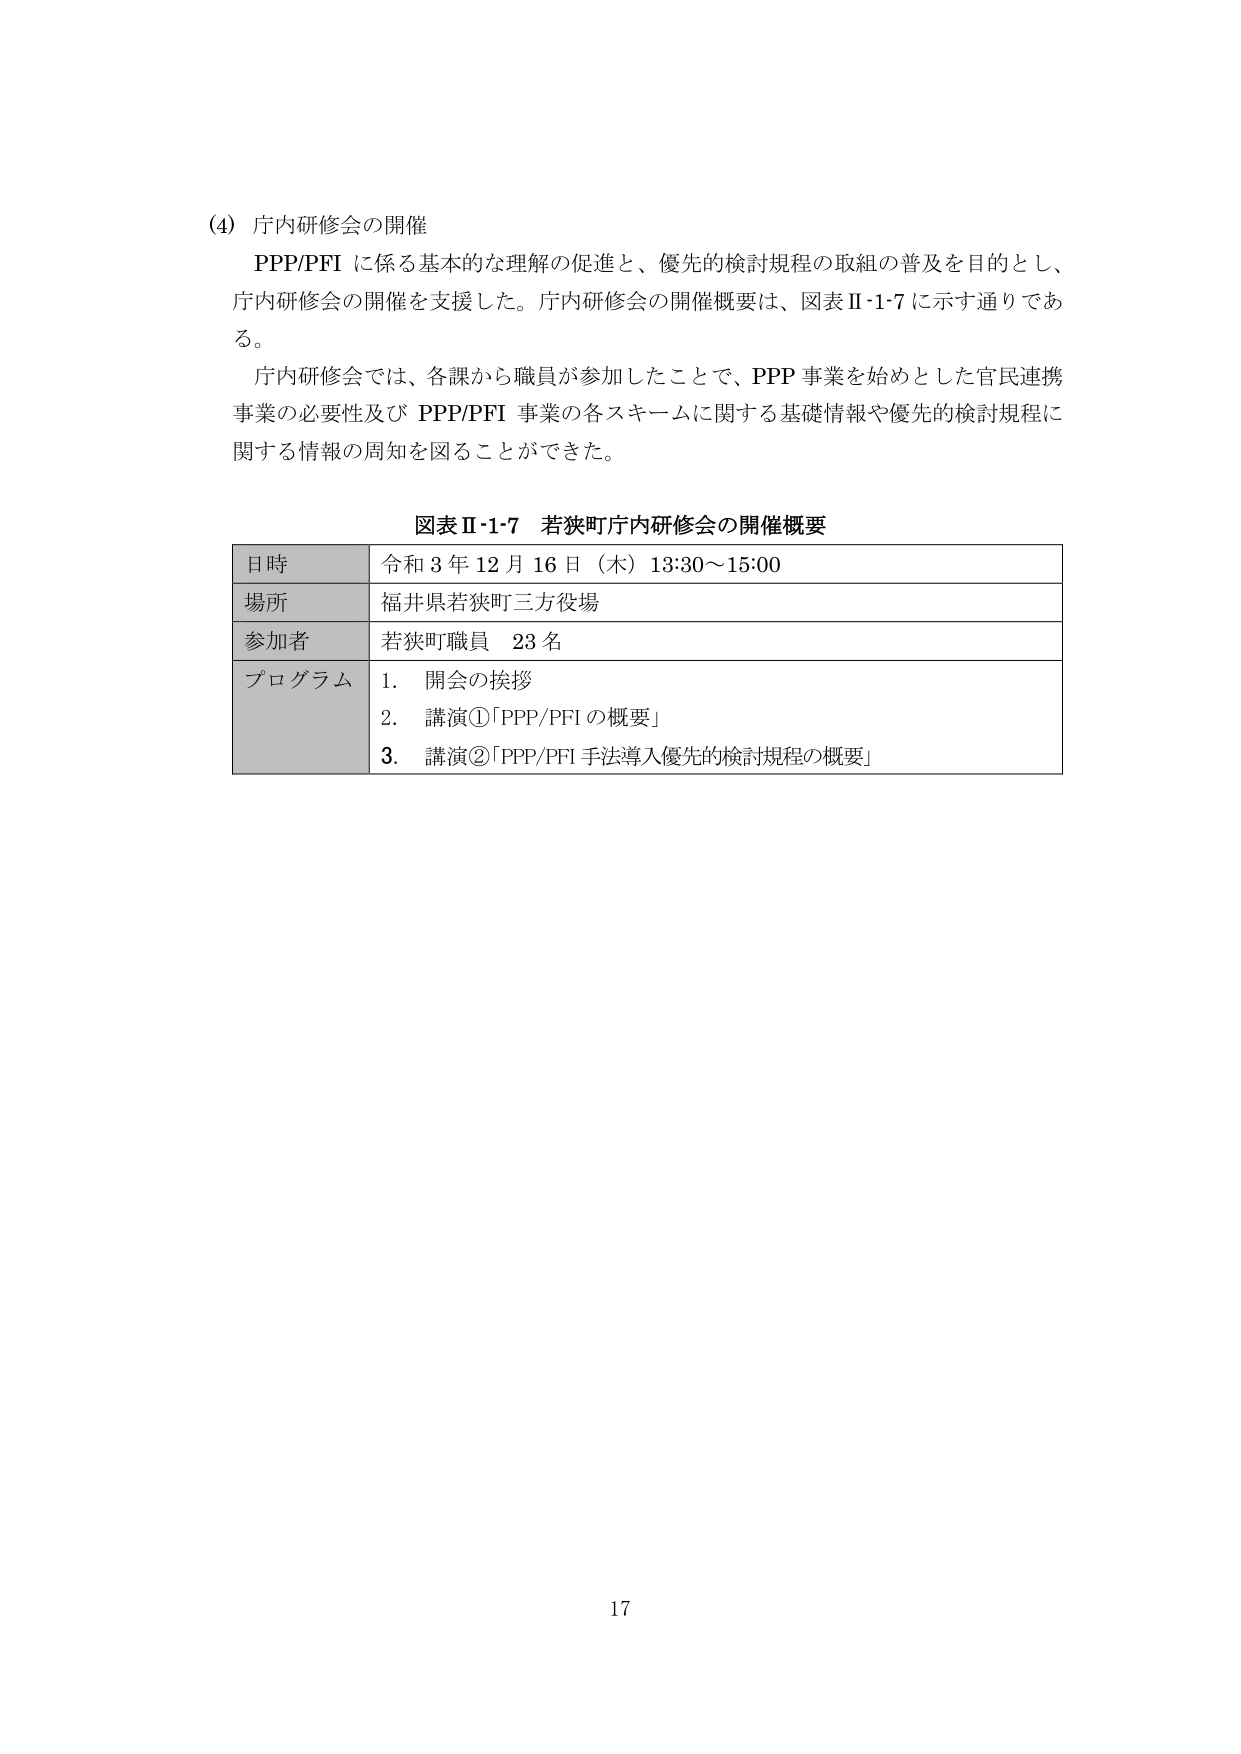
(4) 庁内研修会の開催
PPP/PFI に係る基本的な理解の促進と、優先的検討規程の取組の普及を目的とし、
庁内研修会の開催を支援した。庁内研修会の開催概要は、図表Ⅱ-1-7 に示す通りであ
る。
庁内研修会では、各課から職員が参加したことで、PPP 事業を始めとした官民連携
事業の必要性及び PPP/PFI 事業の各スキームに関する基礎情報や優先的検討規程に
関する情報の周知を図ることができた。

図表Ⅱ-1-7 若狭町庁内研修会の開催概要
日時 令和 3 年 12 月 16 日（木）13:30～15:00
場所 福井県若狭町三方役場
参加者 若狭町職員 23 名
プログラム 1. 開会の挨拶
2. 講演①「PPP/PFI の概要」
3. 講演②「PPP/PFI 手法導入優先的検討規程の概要」

17